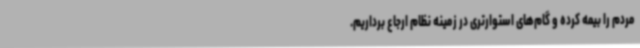
مردم را بیمه کرده و گام‌های استوارتری در زمینه نظام ارجاع برداریم.